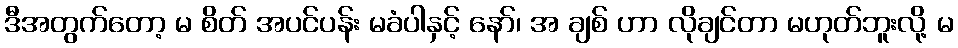
ဒီအတွက်တော့ မ စိတ် အပင်ပန်း မခံပါနှင့် နော်၊ အ ချစ် ဟာ လိုချင်တာ မဟုတ်ဘူးလို့ မ